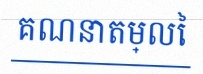
គណនាតម្លៃ